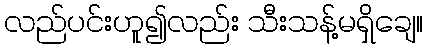
လည်ပင်းဟူ၍လည်း သီးသန့်မရှိချေ။